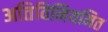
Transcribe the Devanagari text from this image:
अतिविनियमित